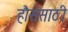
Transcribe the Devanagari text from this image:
हौसेसाठी